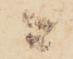
ニ